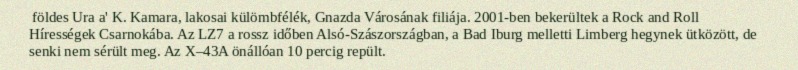
földes Ura a' K. Kamara, lakosai külömbfélék, Gnazda Városának filiája. 2001-ben bekerültek a Rock and Roll Hírességek Csarnokába. Az LZ7 a rossz időben Alsó-Szászországban, a Bad Iburg melletti Limberg hegynek ütközött, de senki nem sérült meg. Az X–43A önállóan 10 percig repült.